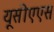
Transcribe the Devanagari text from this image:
यूसीएएस